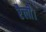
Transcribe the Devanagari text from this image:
रैली।